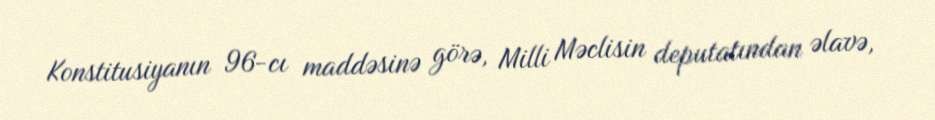
Konstitusiyanın 96-cı maddəsinə görə, Milli Məclisin deputatından əlavə,